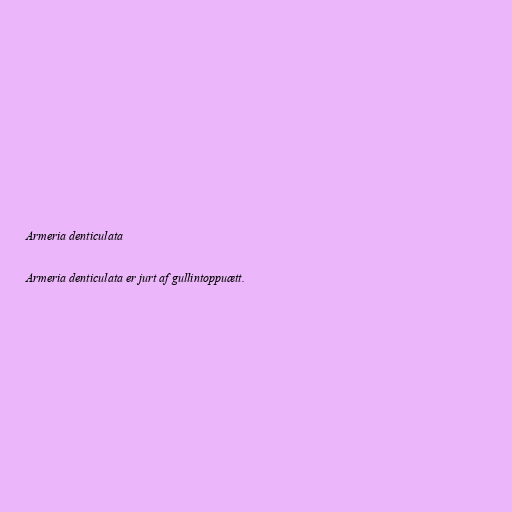
Armeria denticulata

Armeria denticulata er jurt af gullintoppuætt.